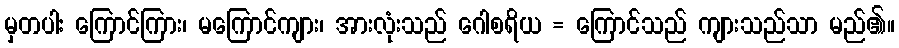
မှတပါး ကြောင်ကြား၊ မကြောင်ကျား၊ အားလုံးသည် ဂေါစရိယ = ကြောင်သည် ကျားသည်သာ မည်၏။